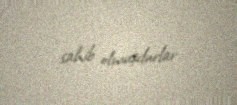
sahib olmuşdurlar.